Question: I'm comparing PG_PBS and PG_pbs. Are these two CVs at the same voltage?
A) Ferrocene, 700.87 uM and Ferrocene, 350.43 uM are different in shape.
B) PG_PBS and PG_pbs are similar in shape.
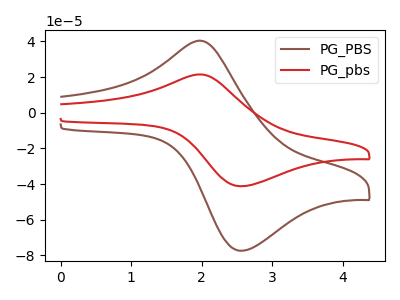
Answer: <think>The brown curve "PG_PBS" has an anodic peak at (2.00V, 40.45uA) and a cathodic peak at (2.55V, -77.35uA). The red curve "PG_pbs" has an anodic peak at (2.00V, 21.55uA) and a cathodic peak at (2.55V, -41.15uA).
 All the peaks in "PG_PBS" have a peak in "PG_pbs" at the same potential. Every peak in "PG_PBS" is higher than every peak in "PG_pbs".</think>
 <answer>B) "PG_PBS" and "PG_pbs" are similar in shape.</answer>
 <eval>B</eval>